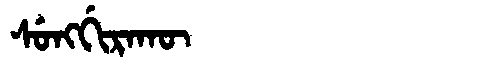
Manchu: ᠰᡠᠩᡤᡳᡵᠠᡴᡡ
Romanization: SUNGGIRAKŪ